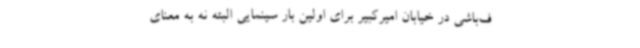
ف‌باشی در خیابان امیرکبیر برای اولین بار سینمایی البته نه به معنای